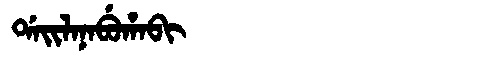
Manchu: ᡩᠠᡳᠯᠠᠨᠠᠪᡠᡥᠠᠪᡳ
Romanization: DAILANABUHABI